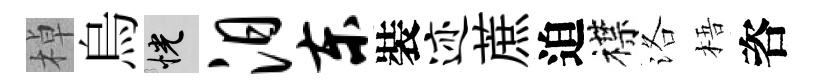
棹烏恍汨东裝迹蔗迫襟洛梧咨